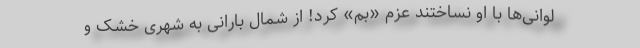
لوانی‌ها با او نساختند عزم «بم» کرد! از شمال بارانی به شهری خشک و